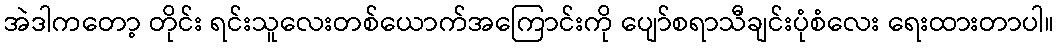
အဲဒါကတော့ တိုင်း ရင်းသူလေးတစ်ယောက်အကြောင်းကို ပျော်စရာသီချင်းပုံစံလေး ရေးထားတာပါ။